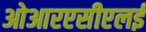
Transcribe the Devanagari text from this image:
ओआरएसीएलई